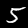
Digit: 5